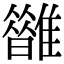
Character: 𩁆